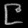
Digit: ၉